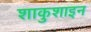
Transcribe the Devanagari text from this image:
शाकुशाइन